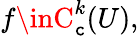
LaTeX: f\inC_{\mathtt{c}}^{k}(U),